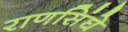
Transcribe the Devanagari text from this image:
राणसिंघे